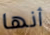
أنها